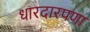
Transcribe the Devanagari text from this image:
धारदारपणा